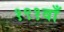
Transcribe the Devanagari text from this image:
१९१वाँ